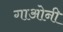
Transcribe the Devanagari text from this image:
गाओनी